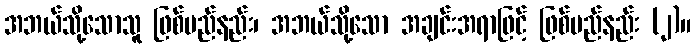
အဘယ်သို့သောသူ ဖြစ်မည်နည်း၊ အဘယ်သို့သော အချင်းအရာဖြင့် ဖြစ်မည်နည်း (၂)။